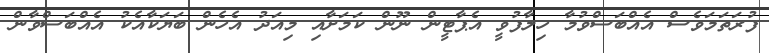
ފުރަތަމަވެސް އެއްބަސްވުމާ ހިލާފުވީ އެޕާޓީން ނޫން ކަމަށާއި މިއަދު އެހެން ބަޔަކާއެކު އެއްބަސްވާން